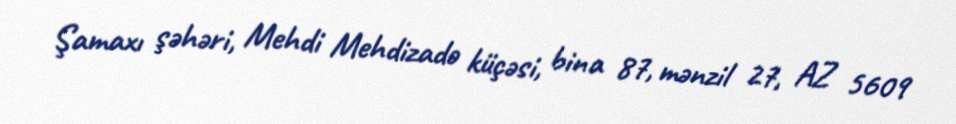
Şamaxı şəhəri, Mehdi Mehdizadə küçəsi, bina 87, mənzil 27, AZ 5609